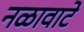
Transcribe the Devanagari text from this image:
नळावाटे